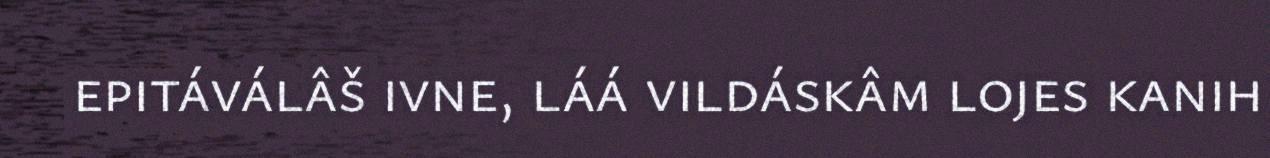
epitáválâš ivne, láá vildáskâm lojes kanih